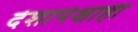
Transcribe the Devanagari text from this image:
देशापेक्षाही